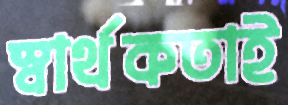
স্বার্থকতাই